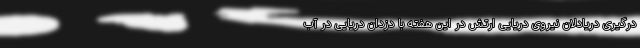
درگیری دریادلان نیروی دریایی ارتش در این هفته با دزدان دریایی در آب